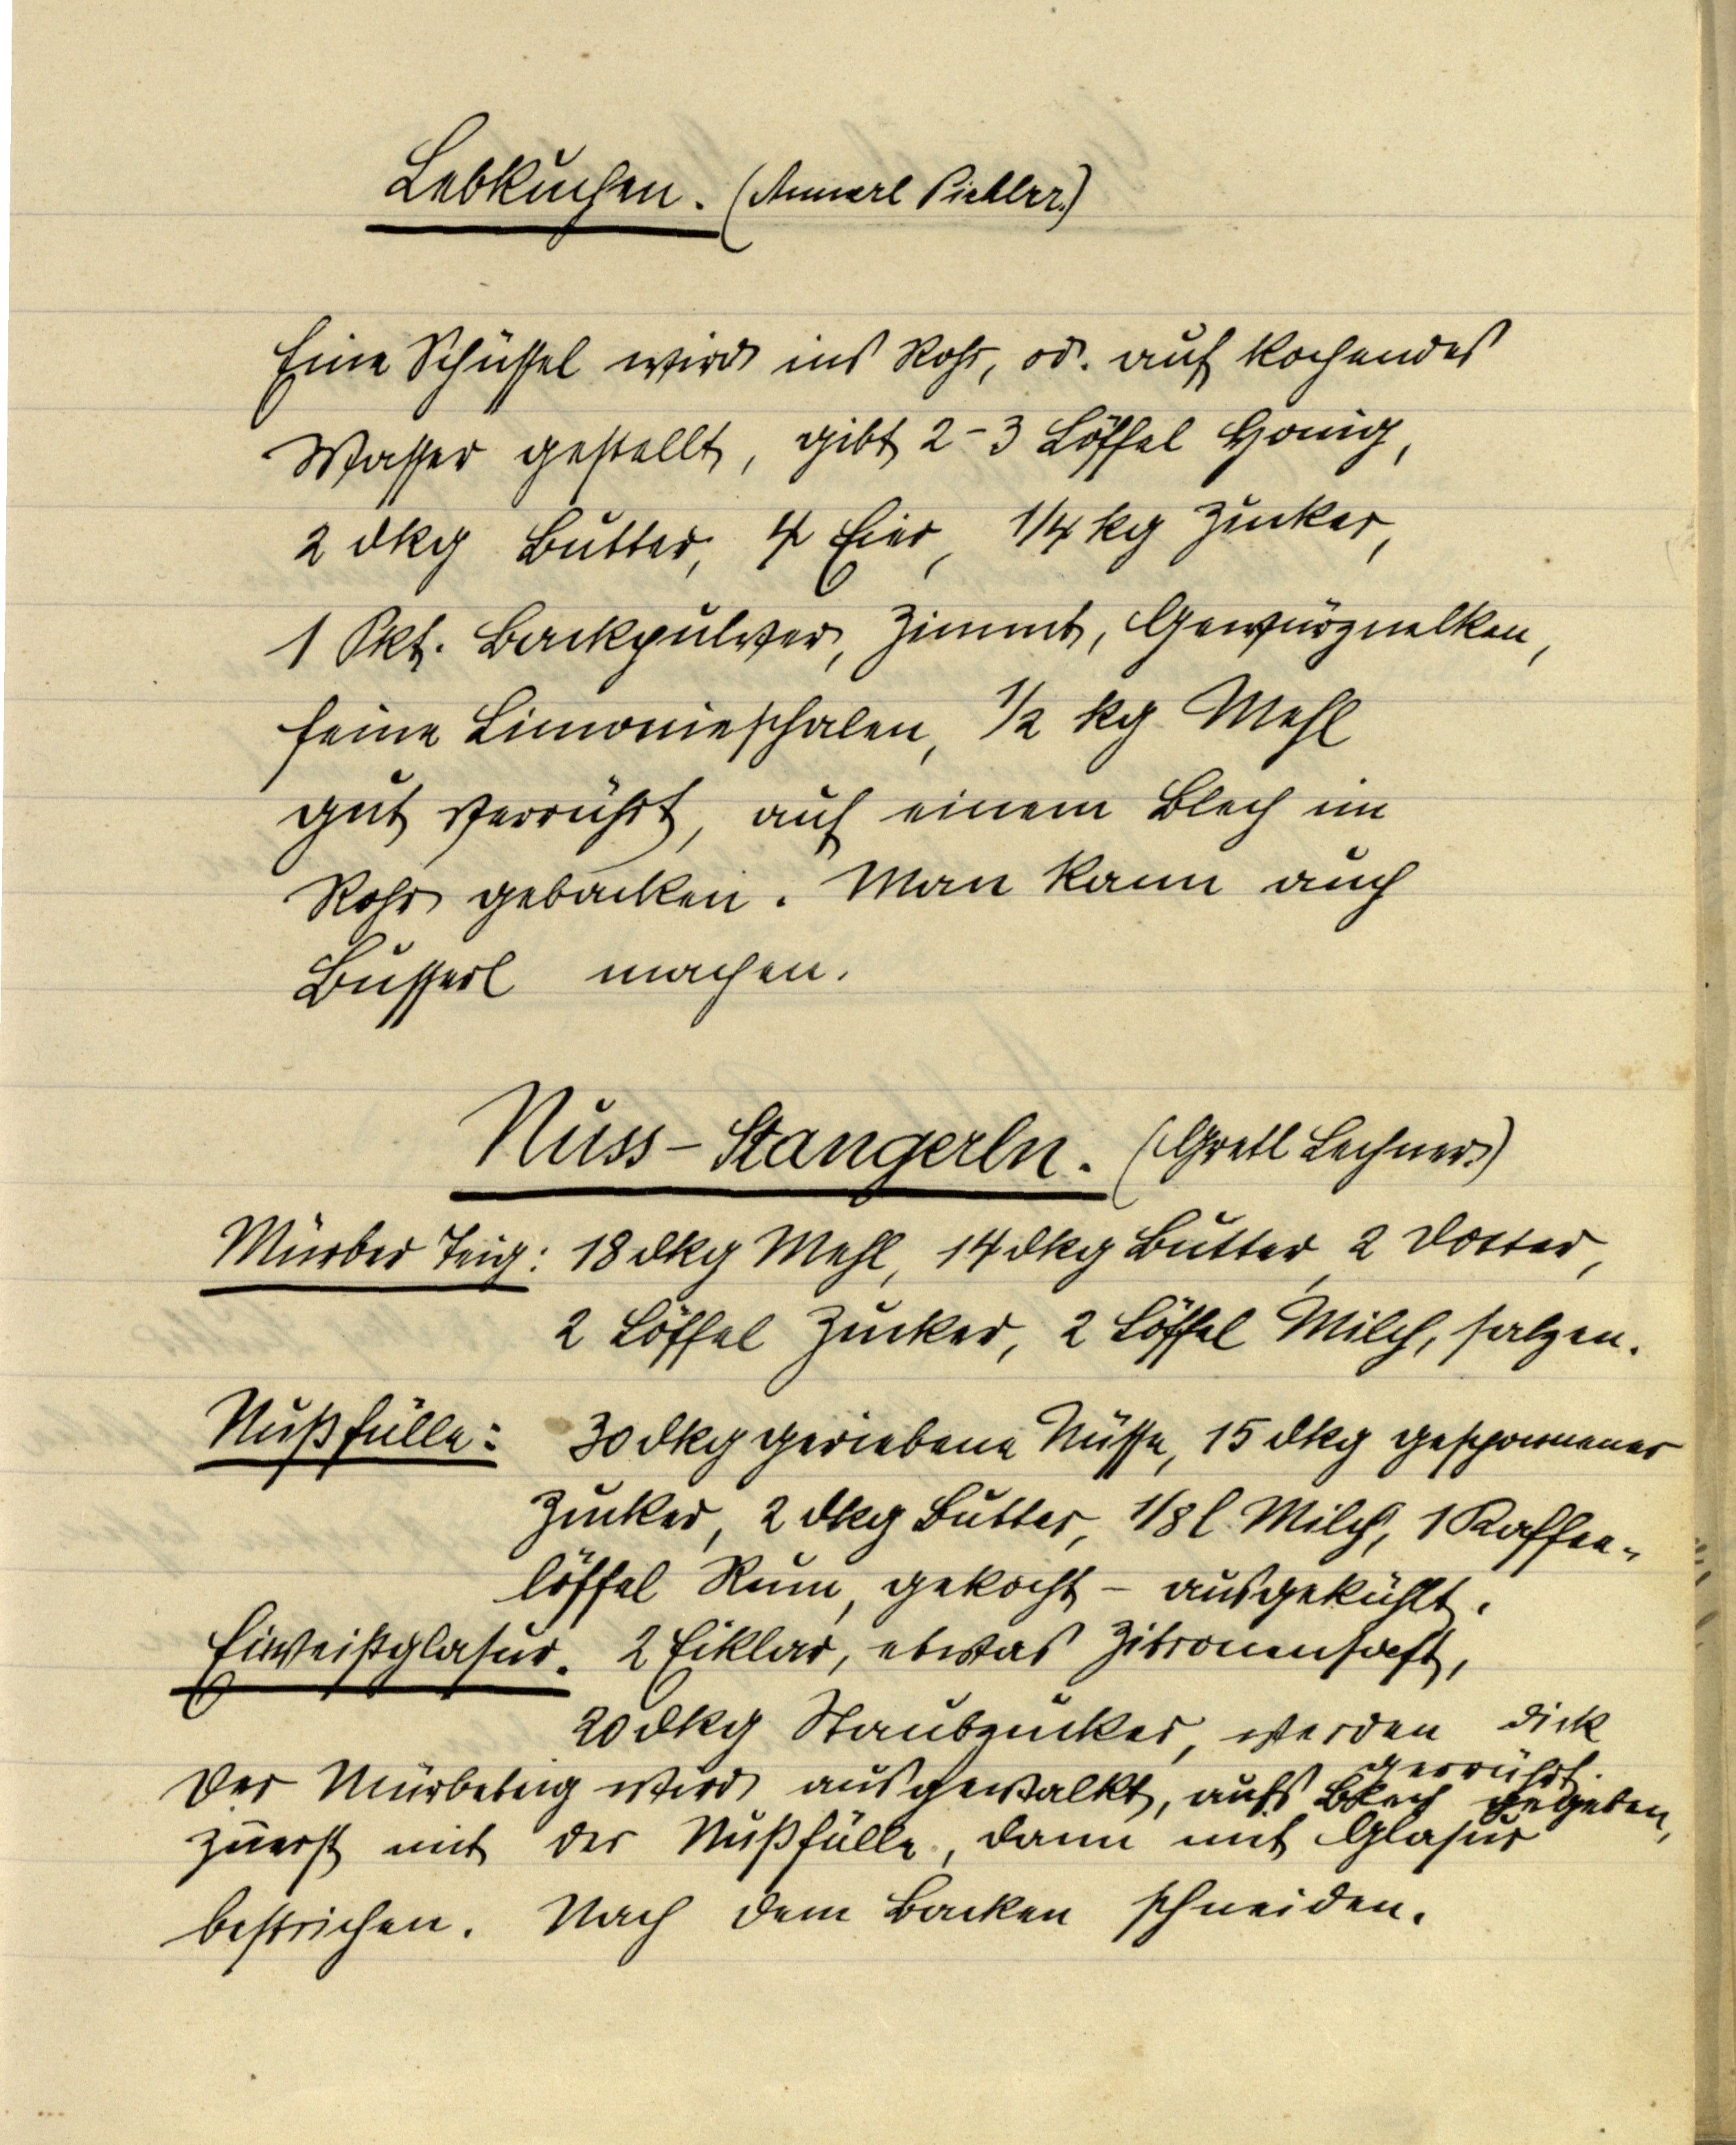
Lebkuchen. (Annerl Pichler.)

Eine Schüssel wird ins Rohr, od. auf kochendes
Wasser gestellt, gibt 2-3 Löffel Honig,
2 dkg Butter, 4 Eier, ¼ kg Zucker,
1 Pkt. Backpulver, Zimmt, Gewürznelken,
feine Limonieschalen, 1/2 kg mehl
gut verrührt, auf einem Blech im
Rohr gebacken. Man kann auch
Busserl machen.

Nuss-Stangerln. (Gretl Lechner)
Mürber Teig: 18 dkg Mehl, 14 dkg Butter, 2 Dotter,
2 Löffel Zucker, 2 Löffel Milch, salzen.
Nußfülle: 30 dkg geriebene Nüsse, 15 dkg gesponnener
Zucker, 2 dkg Butter, ⅛ l Milch, 1 Kaffee¬
löffel Rum, gekocht — ausgekühlt.
Eiweißglasur. 2 Eiklar, etwas Zitronensaft,
20 dkg Staubzucker, werden dick
verrührt.
Der Mürbeteig wird ausgewalkt, aufs Blech gegeben,
zuerst mit der Nußfülle, dann mit Glasur
bestrichen. Nach dem Backen schneiden.